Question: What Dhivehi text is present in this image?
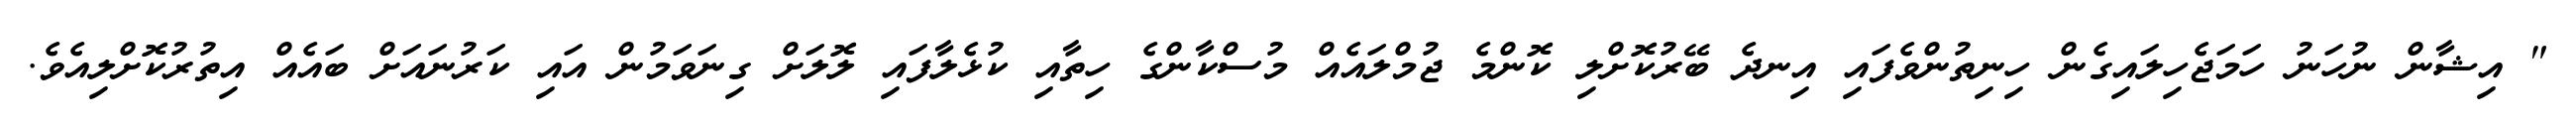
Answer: " އިޝާން ނުހަނު ހަމަޖެހިލައިގެން ހިނިތުންވެފައި އިނދެ ބޭރުކޮށްލި ކޮންމެ ޖުމްލައެއް މުސްކާންގެ ހިތާއި ކުޅެލާފައި ލޮލަށް ގިނަވަމުން އައި ކަރުނައަށް ބައެއް އިތުރުކޮށްލިއެވެ.